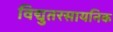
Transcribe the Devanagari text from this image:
विद्युतरसायनिक